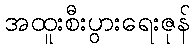
အထူးစီးပွားရေးဇုန်